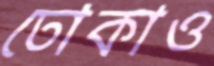
ঢোকাও